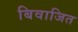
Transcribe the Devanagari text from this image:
बिवाजित